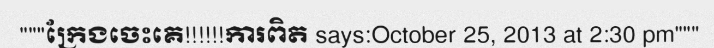
"""ក្រែងចេះគេ!!!!!!ការពិត says:October 25, 2013 at 2:30 pm"""